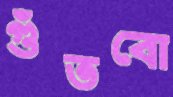
গুঁতবো